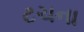
ટચના